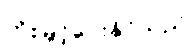
တိုးမြှင့်ပေးနိုင်သည်